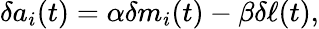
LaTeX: \delta a_{i}(t)=\alpha\delta m_{i}(t)-\beta\delta\ell(t),